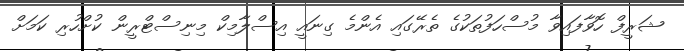
ޝަރީފް ހޮވާފައިވާ މުސްހަފުތަކުގެ ތެރޭގައި އެންމެ ގިނައީ އިސްލާމިކް މިނިސްޓްރީން ކުށްހުރި ކަމަށް